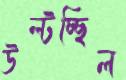
উল্‌টচ্ছিল